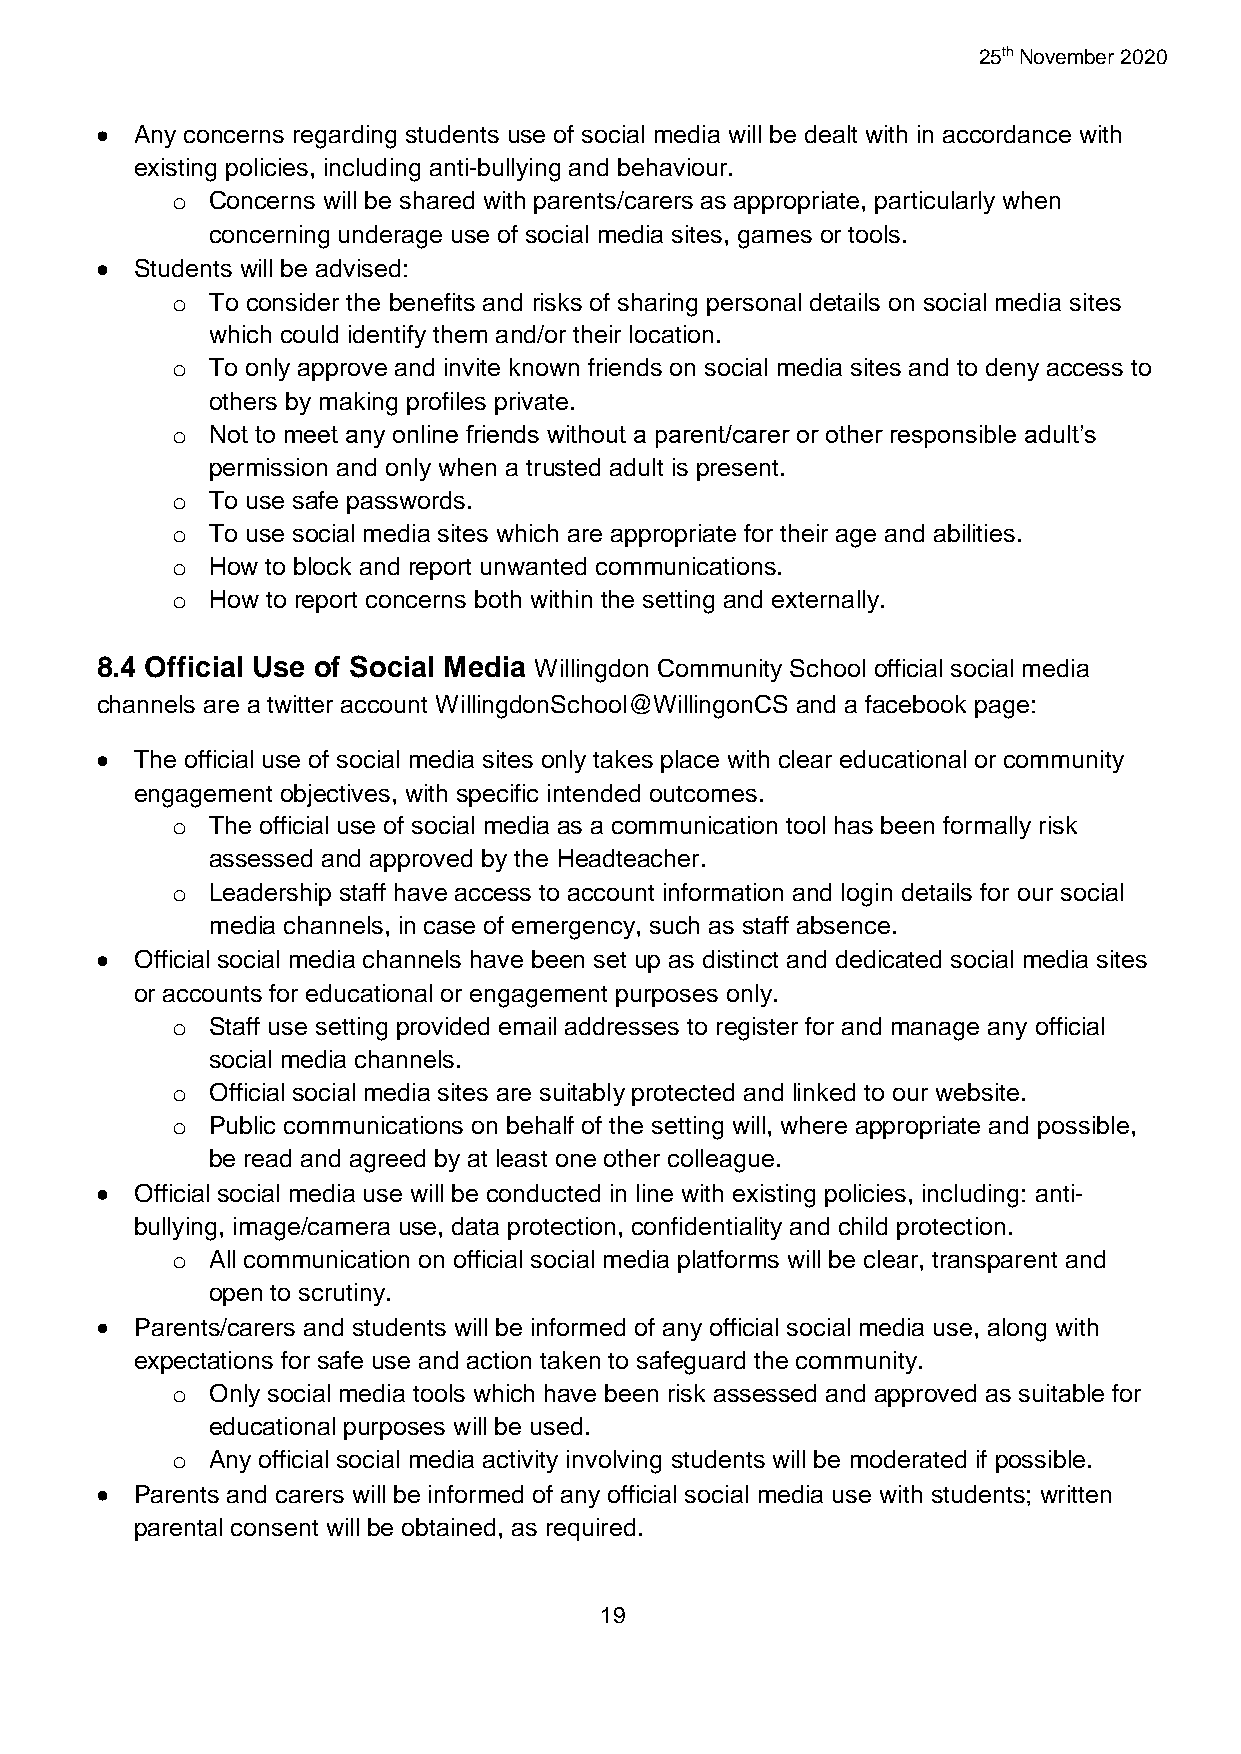
25th November 2020
   Any concerns regarding students use of social media will be dealt with in accordance with
 existing policies, including anti-bullying and behaviour.
 o  Concerns will be shared with parents/carers as appropriate, particularly when
 concerning underage use of social media sites, games or tools.
   Students will be advised:
 o  To consider the benefits and risks of sharing personal details on social media sites
 which could identify them and/or their location.
 o  To only approve and invite known friends on social media sites and to deny access to
 others by making profiles private.
 o  Not to meet any online friends without a parent/carer or other responsible adult’s
 permission and only when a trusted adult is present.
 o  To use safe passwords.
 o  To use social media sites which are appropriate for their age and abilities.
 o  How to block and report unwanted communications.
 o  How to report concerns both within the setting and externally.
 8.4 Official Use of Social Media Willingdon Community School official social media
 channels are a twitter account WillingdonSchool@WillingonCS and a facebook page:
   The official use of social media sites only takes place with clear educational or community
 engagement objectives, with specific intended outcomes.
 o  The official use of social media as a communication tool has been formally risk
 assessed and approved by the Headteacher.
 o  Leadership staff have access to account information and login details for our social
 media channels, in case of emergency, such as staff absence.
   Official social media channels have been set up as distinct and dedicated social media sites
 or accounts for educational or engagement purposes only.
 o  Staff use setting provided email addresses to register for and manage any official
 social media channels.
 o  Official social media sites are suitably protected and linked to our website.
 o  Public communications on behalf of the setting will, where appropriate and possible,
 be read and agreed by at least one other colleague.
   Official social media use will be conducted in line with existing policies, including: anti-
 bullying, image/camera use, data protection, confidentiality and child protection.
 o  All communication on official social media platforms will be clear, transparent and
 open to scrutiny.
   Parents/carers and students will be informed of any official social media use, along with
 expectations for safe use and action taken to safeguard the community.
 o  Only social media tools which have been risk assessed and approved as suitable for
 educational purposes will be used.
 o  Any official social media activity involving students will be moderated if possible.
   Parents and carers will be informed of any official social media use with students; written
 parental consent will be obtained, as required.
 19